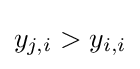
y_{j,i}>y_{i,i}